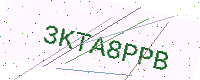
Text: 3KTA8PPB